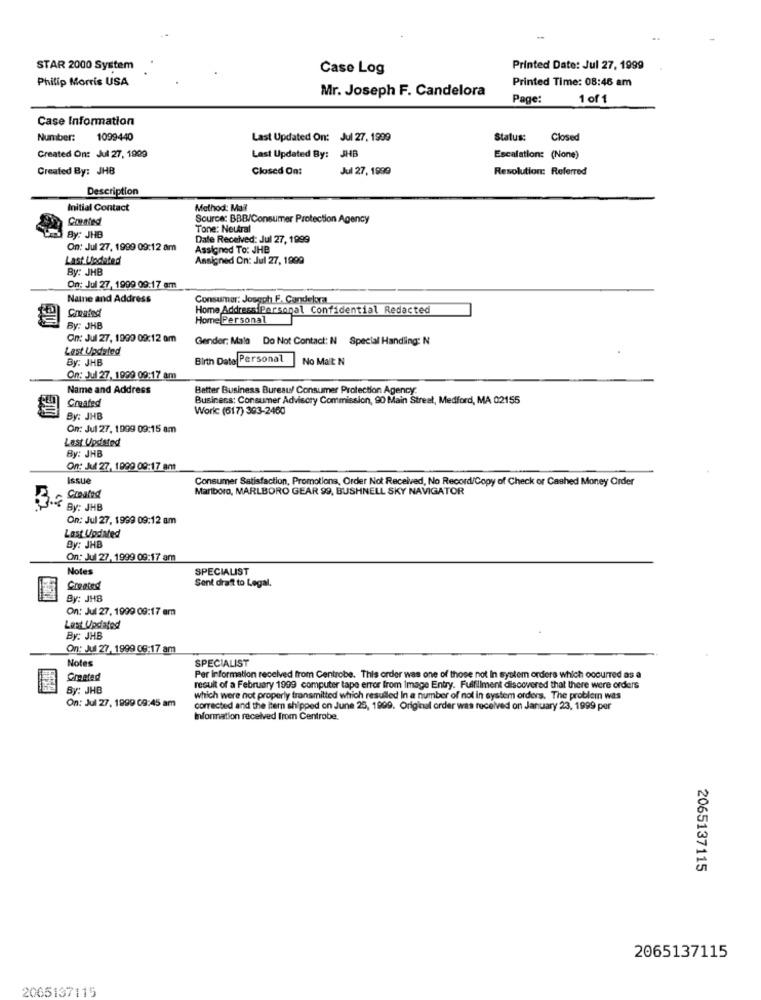
STAR 2000 System
Case Log
Printed Date: Jul 27, 1999
Philip Morris USA
Printed Time: 08:46 am
Mr. Joseph F. Candelora
Page:
1 of 1
Case Information
Number:
1099440
Last Updated On: Jul 27, 1999
Status:
Closed
Last Updated By: JHB
Created On: Jul 27, 1909
Escalation: (None)
Created By: JHB
Closed On:
Jul 27, 1999
Resolution: Referred
Description
Initial Contact
Method: Mall
Counted
Source: BBB/Consumer Protection Agency
Tone: Neutral
By: JHB
Dale Received: Jul 27, 1999
On: Jul 27, 1999 09:12 am
Assigned To: JHB
Last Llodieted
Assigned On: Jul 27, 1999
By: JHB
On: Jul 27, 1999 09:17 am
Name and Address
Consumer: Joseph F. Candelora
Home AddressiPersonal Confidential Redacted
Home Personal
By: JHB
On: Jul 27, 1999 09:12 am
Gender: Mala Do Not Contact: N Special Handling: N
Last Updated
Birth Dato Personal
No Malt: N
By: JHB
On: Jul 27, 1999 09:17 am
Name and Address
Better Business Bureau/ Consumer Protection Agency:
Business: Consumer Advisory Commission, 90 Main Street, Medford, MA 02155
Created
Work (617) 393-2460
By: JHB
On: Jul 27, 1909 09:15 am
Last Updated
By: JHB
On: Jul 27, 1999 09:17 ant
Issue
Consumer Satisfaction, Promotions, Order Not Received, No Record/Copy of Check or Cashed Money Order
Marlboro, MARLBORO GEAR 99, BUSHNELL SKY NAVIGATOR
Created
By: JHB
On: Jul 27, 1999 09:12 am
Last Updated
By: JHB
On: Jul 27, 1999 09:17 am
Notes
SPECIALIST
Created
Sent draft to Legal.
By: JHB
On: Jul 27, 1999 09:17 am
Last Updated
By: JHB
On: Jul 27, 1999 08:17 am
Notes
SPECIALIST
Created
Per Information received from Centrobe. This order was one of those not In system orders which occurred as a
By: JHB
result of a February 1999 computer tape error from Image Entry. Fulfillment discovered that there were orders
which were not properly transmitted which resulted In a number of nol in system orders. The problem was
On: Jul 27, 1999 09:45 am
corrected and the item shipped on June 25, 1999. Original order was received on January 23, 1999 per
Information received from Centrobe.
2065137115
2065137115
2065137115